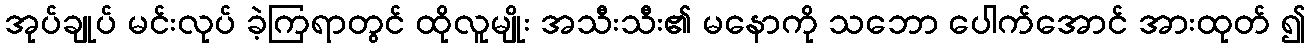
အုပ်ချုပ် မင်းလုပ် ခဲ့ကြရာတွင် ထိုလူမျိုး အသီးသီး၏ မနောကို သဘော ပေါက်အောင် အားထုတ် ၍